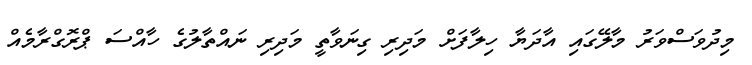
މިދުވަސްވަރު މާލޭގައި އާދަޔާ ހިލާފަށް މަދިރި ގިނަވާތީ މަދިރި ނައްތާލުުގެ ހާއްސަ ޕްރޮގްރާމެއް